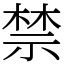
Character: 禁